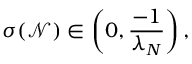
\sigma ( \mathcal { N } ) \in \left( 0 , \frac { - 1 } { \lambda _ { N } } \right) ,